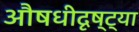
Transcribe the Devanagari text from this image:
औषधीदृष्ट्या